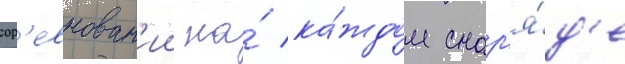
сор'евнован'ии на́ ка́ждом снар'я́д'е